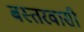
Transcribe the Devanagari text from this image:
बस्तरवासी